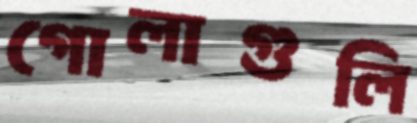
গোলাগুলি